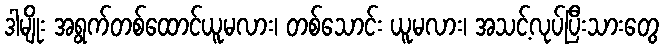
ဒါမျိုး အရွက်တစ်ထောင်ယူမလား၊ တစ်သောင်း ယူမလား၊ အသင့်လုပ်ပြီးသားတွေ